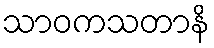
သာဝကသတာနိ